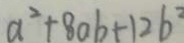
a ^ { 2 } + 8 a b + 1 2 b ^ { 2 }